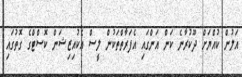
އަލުން ކުއްޔަށް ދޫކުރާނެ ކަން އަންގައި އެފަރާތްތަކުން ލީސް އެކުއިޒިޝަން ކޮސްޓްގެ ގޮތުގައި